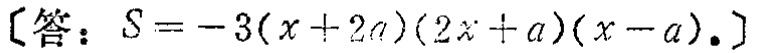
[答：$S=-3(x + 2a)(2x + a)(x - a).$]